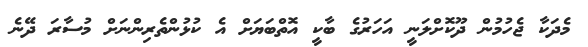
މެދަކާ ޖެހުމުން ދޫކޮށްލަނީ އަހަރުގެ ބާކީ އޮތްބަޔަށް އެ ކުޅުންތެރިންނަށް މުސާރަ ދޭނެ